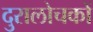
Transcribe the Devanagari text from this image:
दुरालोचकों